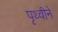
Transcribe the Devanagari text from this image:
पृथ्वीने